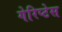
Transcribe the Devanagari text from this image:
गेरिप्टेस